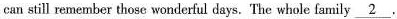
can still remember those wonderful days. The whole family \underline{2}.